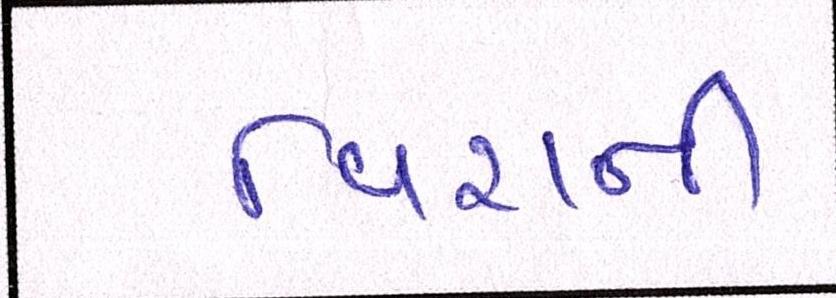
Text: વિરાની